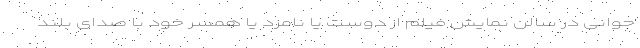
جوانی در سالن نمایش فیلم از دوست یا نامزد یا همسر خود با صدای بلند